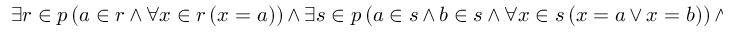
\exists r \in p \, ( a \in r \, \land \, \forall x \in r \, ( x = a ) ) \, \land \, \exists s \in p \, ( a \in s \, \land \, b \in s \, \land \, \forall x \in s \, ( x = a \, \lor \, x = b ) ) \, \land